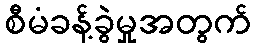
စီမံခန့်ခွဲမှုအတွက်